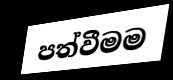
පත්වීමම